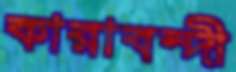
কারাবন্দী